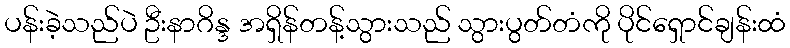
ပန်းခဲ့သည်ပဲ ဦးနာဂိန္ဒ အရှိန်တန့်သွားသည် သွားပွတ်တံကို ပိုင်ရှောင်ချန်းထံ